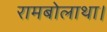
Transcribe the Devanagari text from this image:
रामबोलाथा।